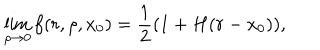
LaTeX: \lim _ { \rho \rightarrow 0 } f ( r , \rho , x _ { 0 } ) = { \frac { 1 } { 2 } } ( 1 + H ( r - x _ { 0 } ) ) ,